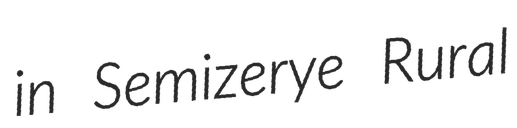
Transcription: in Semizerye Rural